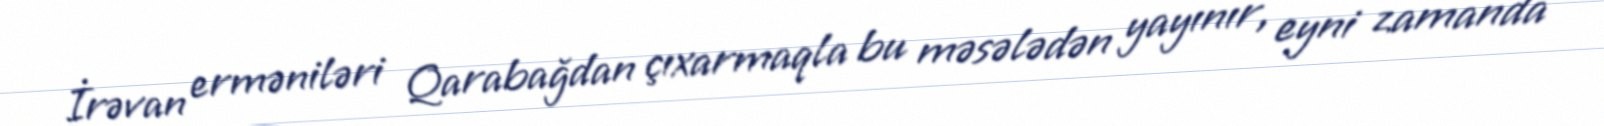
İrəvan erməniləri Qarabağdan çıxarmaqla bu məsələdən yayınır, eyni zamanda